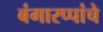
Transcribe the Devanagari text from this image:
बंगारप्पांचे